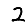
Digit: 2